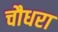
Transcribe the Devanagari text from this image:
चौधरा